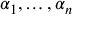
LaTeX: \alpha _ { 1 } , \dots , \alpha _ { n }